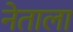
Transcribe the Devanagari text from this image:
नेताला